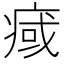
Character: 𤷇